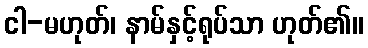
ငါ-မဟုတ်၊ နာမ်နှင့်ရုပ်သာ ဟုတ်၏။